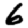
Digit: 6